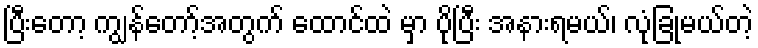
ပြီးတော့ ကျွန်တော့်အတွက် ထောင်ထဲ မှာ ပိုပြီး အနားရမယ်၊ လုံခြုံမယ်တဲ့